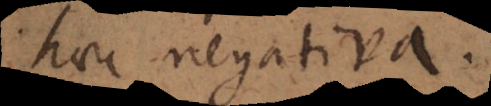
haec negativa.